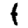
Digit: 1